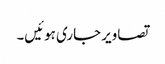
تصاویر جاری ہوئیں۔